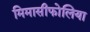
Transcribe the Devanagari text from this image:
मिमासीफोलिया